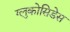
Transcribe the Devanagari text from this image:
ग्लुकोसिडेस